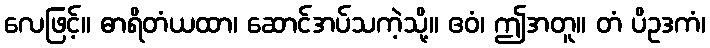
လေဖြင့်။ ဓာရိတံယထာ၊ ဆောင်အပ်သကဲ့သို့။ ဧဝံ၊ ဤအတူ။ တံ ပိဥဒကံ၊